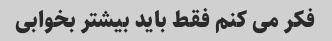
فکر می کنم فقط باید بیشتر بخوابی